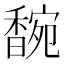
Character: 𬳞